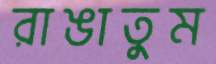
রাঙাতুম